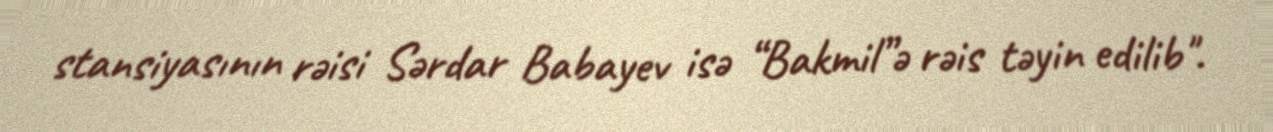
stansiyasının rəisi Sərdar Babayev isə “Bakmil”ə rəis təyin edilib".